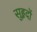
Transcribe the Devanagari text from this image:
सुहृदों